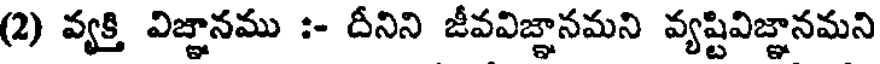
(2) వ్యక్తి విజ్ఞానము :- దీనిని జీవవిజ్ఞానమని వ్యష్టివిజ్ఞానమని